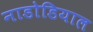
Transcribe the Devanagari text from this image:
नाडोडियाल